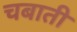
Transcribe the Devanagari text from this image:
चबाती